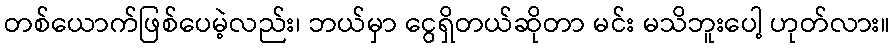
တစ်ယောက်ဖြစ်ပေမဲ့လည်း၊ ဘယ်မှာ ငွေရှိတယ်ဆိုတာ မင်း မသိဘူးပေါ့ ဟုတ်လား။